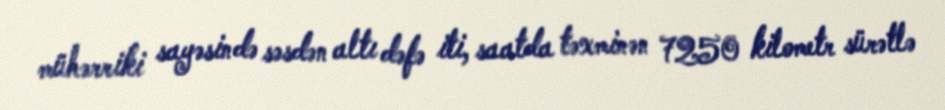
mühərriki sayəsində səsdən altı dəfə iti, saatda təxminən 7250 kilometr sürətlə